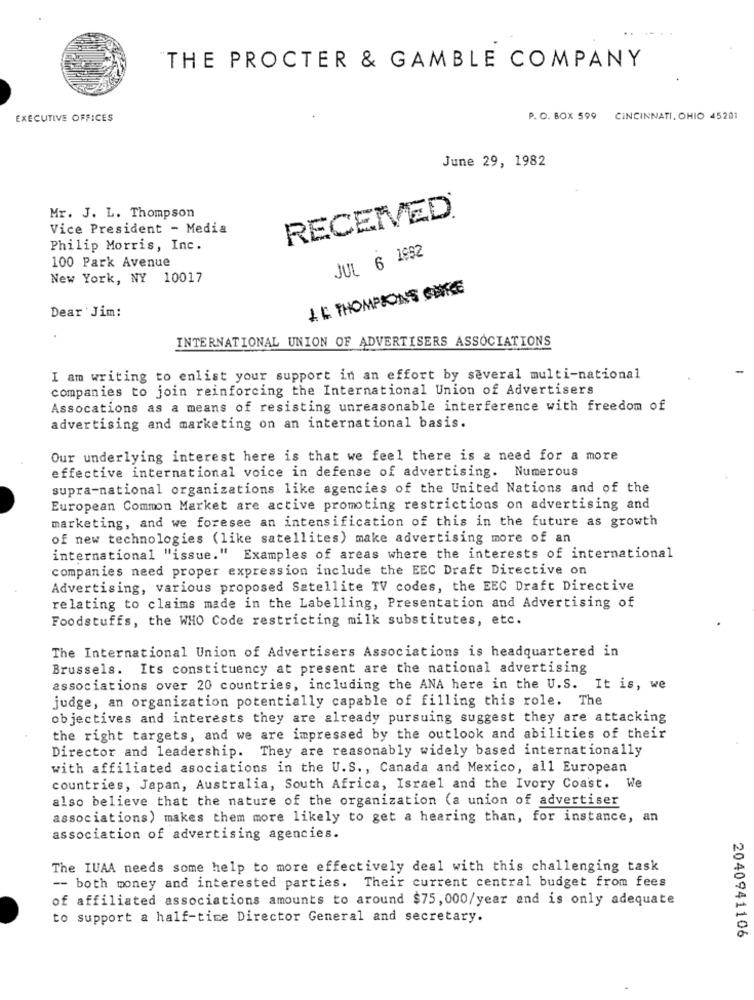
THE PROCTER & GAMBLE COMPANY
EXECUTIVE OFFICES
P. O. BOX 599
CINCINNATI, OHIO 45201
June 29, 1982
Mr. J. L. Thompson
RECEIVED.
Vice President - Media
Philip Morris, Inc.
100 Park Avenue
JUL 6 1992
New York, NY 10017
LE THOMPSONS CHITCE
Dear Jim:
INTERNATIONAL UNION OF ADVERTISERS ASSOCIATIONS
I am writing to enlist your support in an effort by several multi-national
companies to join reinforcing the International Union of Advertisers
Assocations as a means of resisting unreasonable interference with freedom of
advertising and marketing on an international basis.
Our underlying interest here is that we feel there is & need for a more
effective international voice in defense of advertising. Numerous
supra-national organizations like agencies of the United Nations and of the
European Common Market are active promoting restrictions on advertising and
marketing, and we foresee an intensification of this in the future as growth
of new technologies (like satellites) make advertising more of an
international "issue."
Examples of areas where the interests of international
companies need proper expression include the EEC Draft Directive on
Advertising, various proposed Satellite TV codes, the EEC Draft Directive
relating to claims made in the Labelling, Presentation and Advertising of
Foodstuffs, the WHO Code restricting milk substitutes, etc.
The International Union of Advertisers Associations is headquartered in
Brussels. Its constituency at present are the national advertising
associations over 20 countries, including the ANA here in the U.S. It is, we
judge, an organization potentially capable of filling this role. The
objectives and interests they are already pursuing suggest they are attacking
the right targets, and we are impressed by the outlook and abilities of their
Director and leadership. They are reasonably widely based internationally
with affiliated asociations in the U.S ., Canada and Mexico, all European
countries, Japan, Australia, South Africa, Israel and the Ivory Coast. We
also believe that the nature of the organization (a union of advertiser
associations) makes them more likely to get a hearing than, for instance, an
association of advertising agencies.
The IUAA needs some help to more effectively deal with this challenging task
-- both money and interested parties. Their current central budget from fees
of affiliated associations amounts to around $75, 000/year and is only adequate
to support a half-time Director General and secretary.
2040941106